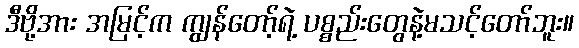
ဒီဗို့အား အမြင့်က ကျွန်တော့်ရဲ့ ပစ္စည်းတွေနဲ့မသင့်တော်ဘူး။